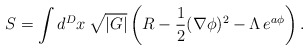
\begin{align*}S = \int d^D x\, \sqrt{|G|}\left( R -\frac{1}{2}(\nabla\phi)^2 - \Lambda \, e^{ a \phi} \right).\end{align*}